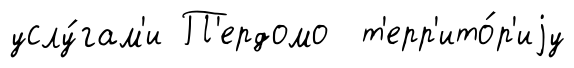
услу́гам'и П'ердомо т'ерр'ито́р'иjу